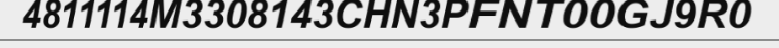
4811114M3308143CHN3PFNT00GJ9R0